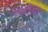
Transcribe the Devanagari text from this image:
नोंदींतील